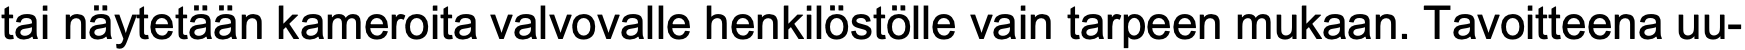
tai näytetään kameroita valvovalle henkilöstölle vain tarpeen mukaan. Tavoitteena uu-